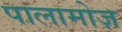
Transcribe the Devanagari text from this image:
पालामोज़